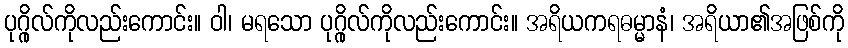
ပုဂ္ဂိုလ်ကိုလည်းကောင်း။ ဝါ၊ မရသော ပုဂ္ဂိုလ်ကိုလည်းကောင်း။ အရိယကရဓမ္မာနံ၊ အရိယာ၏အဖြစ်ကို